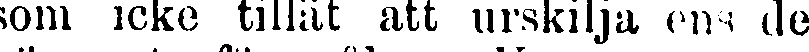
som icke tillät att urskilja ens de